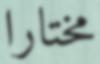
مختارا